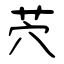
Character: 茓